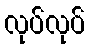
လုပ်လုပ်